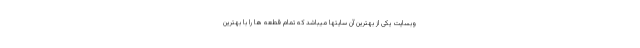
وبسایت یکی از بهترین آن سایتها میباشد که تمام قطعه ها را با بهترین